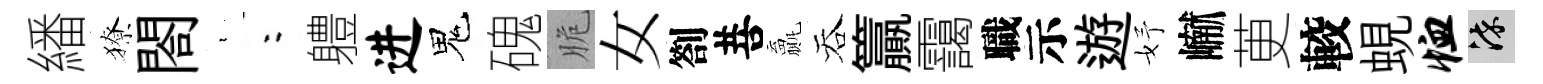
繙獠閤裊欸軆进鬼磈脆女劄菩贏吞籯靄職示遊妤𪩘茰較蜆恤染